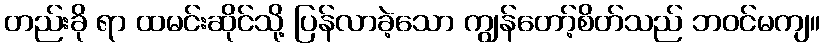
တည်းခို ရာ ထမင်းဆိုင်သို့ ပြန်လာခဲ့သော ကျွန်တော့်စိတ်သည် ဘဝင်မကျ။